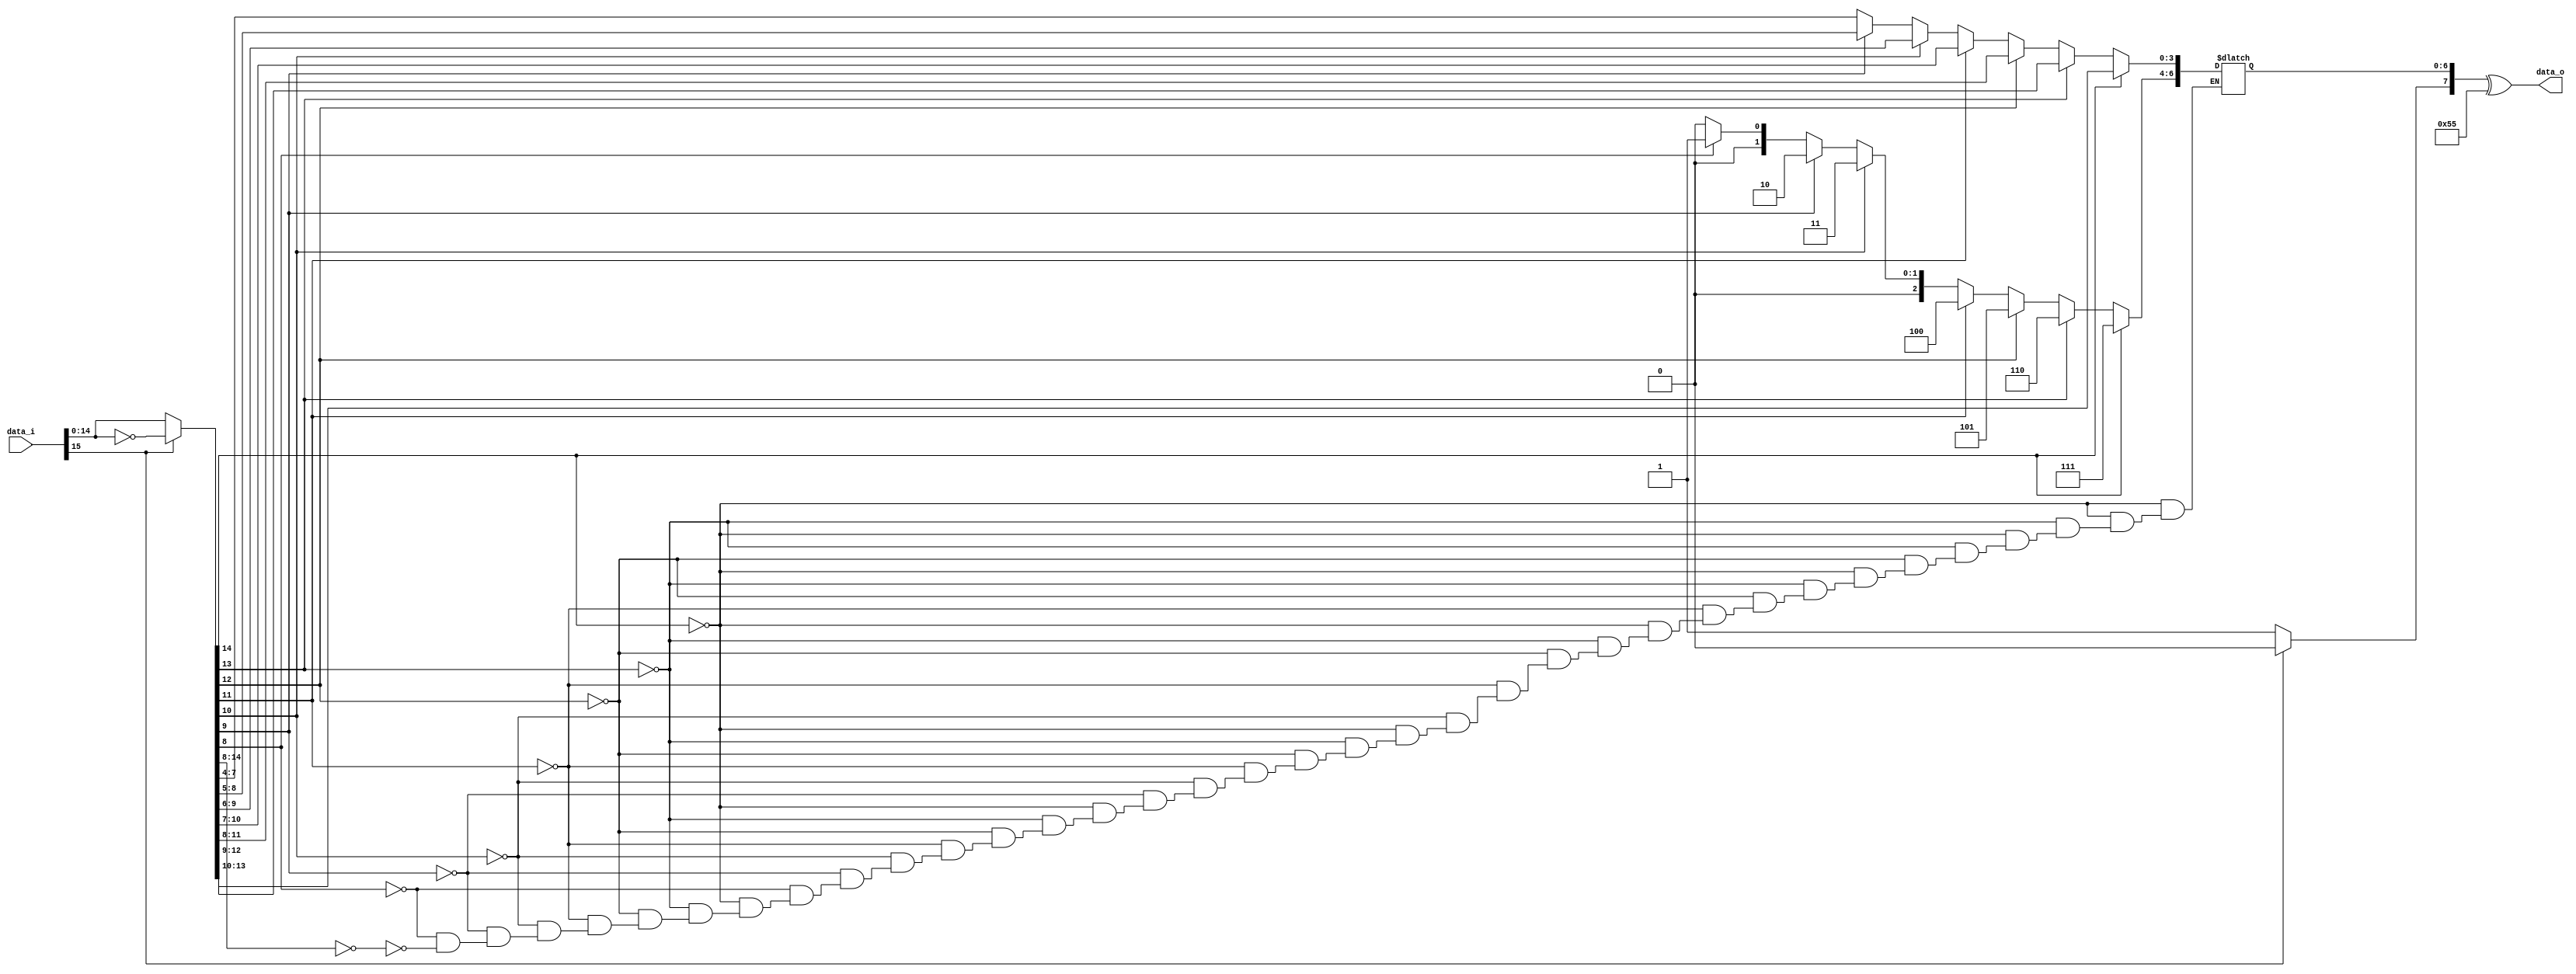
`timescale 1ns / 1ps
module PCM_to_Alaw(
	input [15:0] data_i,
	output [7:0] data_o
    );

reg [15:0] fstep;
reg [7:0] sstep;




always @(*)
		begin
			if (data_i[15] == 0)
			begin
				sstep[7] = 1'b1;
				fstep = data_i;
			end
			else 
			begin
				sstep[7] = 1'b0;
				fstep = ~data_i[14:0];
			end
					
			if (fstep[14] == 1'b1)
				begin
					sstep[6:4] = 3'b111;
					sstep[3:0] = fstep[13:10];
				end
			else
			if (fstep[13] == 1'b1)
				begin
					sstep[6:4] = 3'b110;
					sstep[3:0] = fstep[12:9];
				end
			else
			if (fstep[12] == 1'b1)
				begin
					sstep[6:4] = 3'b101;
					sstep[3:0] = fstep[11:8];
				end
			else
			if (fstep[11] == 1'b1)
				begin
					sstep[6:4] = 3'b100;
					sstep[3:0] = fstep[10:7];
				end
			else
			if (fstep[10] == 1'b1)
				begin
					sstep[6:4] = 3'b011;
					sstep[3:0] = fstep[9:6];
				end
			else
			if (fstep[9] == 1'b1)
				begin
					sstep[6:4] = 3'b010;
					sstep[3:0] = fstep[8:5];
				end
			else
			if (fstep[8] == 1'b1)
				begin
					sstep[6:4] = 3'b001;
					sstep[3:0] = fstep[7:4];
				end
			else
			if (fstep[14:8] == 7'b0000000)
				begin
					sstep[6:4] = 3'b000;
					sstep[3:0] = fstep[7:4];
				end
		end

assign data_o = sstep ^ 8'h55;

endmodule